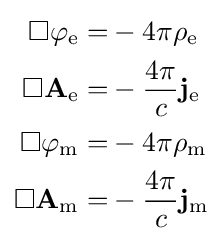
{\begin{aligned}\Box \varphi _{\mathrm {e} }=&-4\pi \rho _{\mathrm {e} }\\\Box \mathbf {A} _{\mathrm {e} }=&-{\frac {4\pi }{c}}\mathbf {j} _{\mathrm {e} }\\\Box \varphi _{\mathrm {m} }=&-4\pi \rho _{\mathrm {m} }\\\Box \mathbf {A} _{\mathrm {m} }=&-{\frac {4\pi }{c}}\mathbf {j} _{\mathrm {m} }\\\end{aligned}}